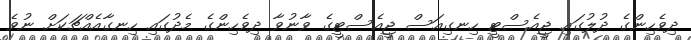
ދިވެހިންގެ ދުލުގައި ޖީއެސްޓީ ހިނގިއަސް ޖީއެސްޓީގެ ވާނުވާ ދިވެހިންގެ މެދުގައި ހިނގާއެއްޗަކަށް ނުވެ